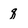
Character: q